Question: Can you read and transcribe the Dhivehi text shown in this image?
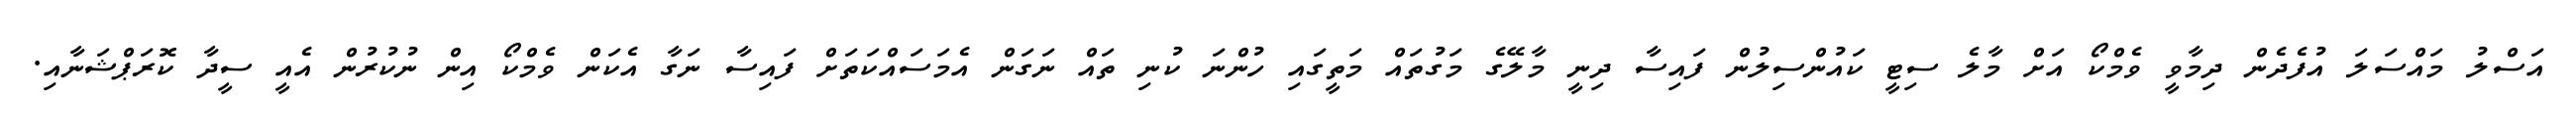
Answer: އަސްލު މައްސަލަ އުފެދެން ދިމާވީ ވެމްކޯ އަށް މާލެ ސިޓީ ކައުންސިލުން ފައިސާ ދިނީ މާލޭގެ މަގުތައް މަތީގައި ހުންނަ ކުނި ތައް ނަގަން އެމަސައްކަތަށް ފައިސާ ނަގާ އެކަން ވެމްކޯ އިން ނުކުރުން އެއީ ސީދާ ކޮރަޕްޝަނާއި.